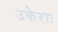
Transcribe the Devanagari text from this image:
उकेराः